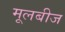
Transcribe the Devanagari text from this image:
मूलबीज